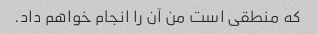
که منطقی است من آن را انجام خواهم داد.